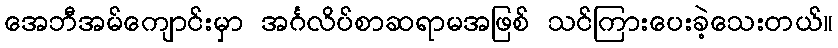
အေဘီအမ်ကျောင်းမှာ အင်္ဂလိပ်စာဆရာမအဖြစ် သင်ကြားပေးခဲ့သေးတယ်။